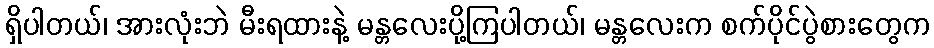
ရှိပါတယ်၊ အားလုံးဘဲ မီးရထားနဲ့ မန္တလေးပို့ကြပါတယ်၊ မန္တလေးက စက်ပိုင်ပွဲစားတွေက